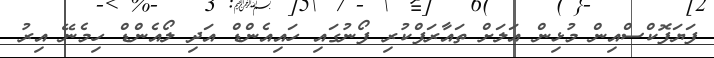
ފަޔަފޮކްސްއިން މުޅިން އަލަށް ތައާރަފްކުރި ފޯނުގައި ހައިއެންޑް އަދި ލޯއެންޑް ހިމެނޭ އިރު